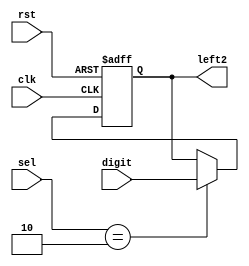
`timescale 1ns / 1ps
//////////////////////////////////////////////////////////////////////////////////
// Company: 
// Engineer: 
// 
// Design Name: 
// Module Name: left2_memory
// Project Name: 
// Target Devices: 
// Tool Versions: 
// Description: 
// 
// Dependencies: 
// 
// Revision:
// Revision 0.01 - File Created
// Additional Comments:
// 
//////////////////////////////////////////////////////////////////////////////////


module left2_memory(clk, rst, digit, sel, left2);
    input clk, rst;
    input [3:0] digit;
    input [3:0] sel;
    output [3:0] left2;
    
    reg [3:0] left2_next;
    reg [3:0] left2;
    
     always @* begin
       if(sel == 4'b0010) 
           left2_next = digit;
       else 
           left2_next = left2;
    end
    
    always @(posedge clk or negedge rst) begin
        if(~rst)
            left2 <= 4'b0;
        else 
            left2 <= left2_next;
    end
endmodule